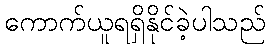
ကောက်ယူရရှိနိုင်ခဲ့ပါသည်